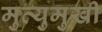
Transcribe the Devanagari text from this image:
मुत्युमुखी